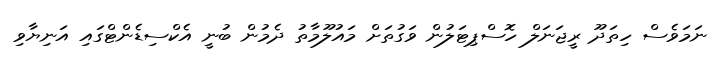
ނަމަވެސް ހިތަދޫ ރީޖަނަލް ހޮސްޕިޓަލުން ވަގުތަށް މައުލޫމާތު ދެމުން ބުނީ އެކްސިޑެންޓްގައި އަނިޔާވި